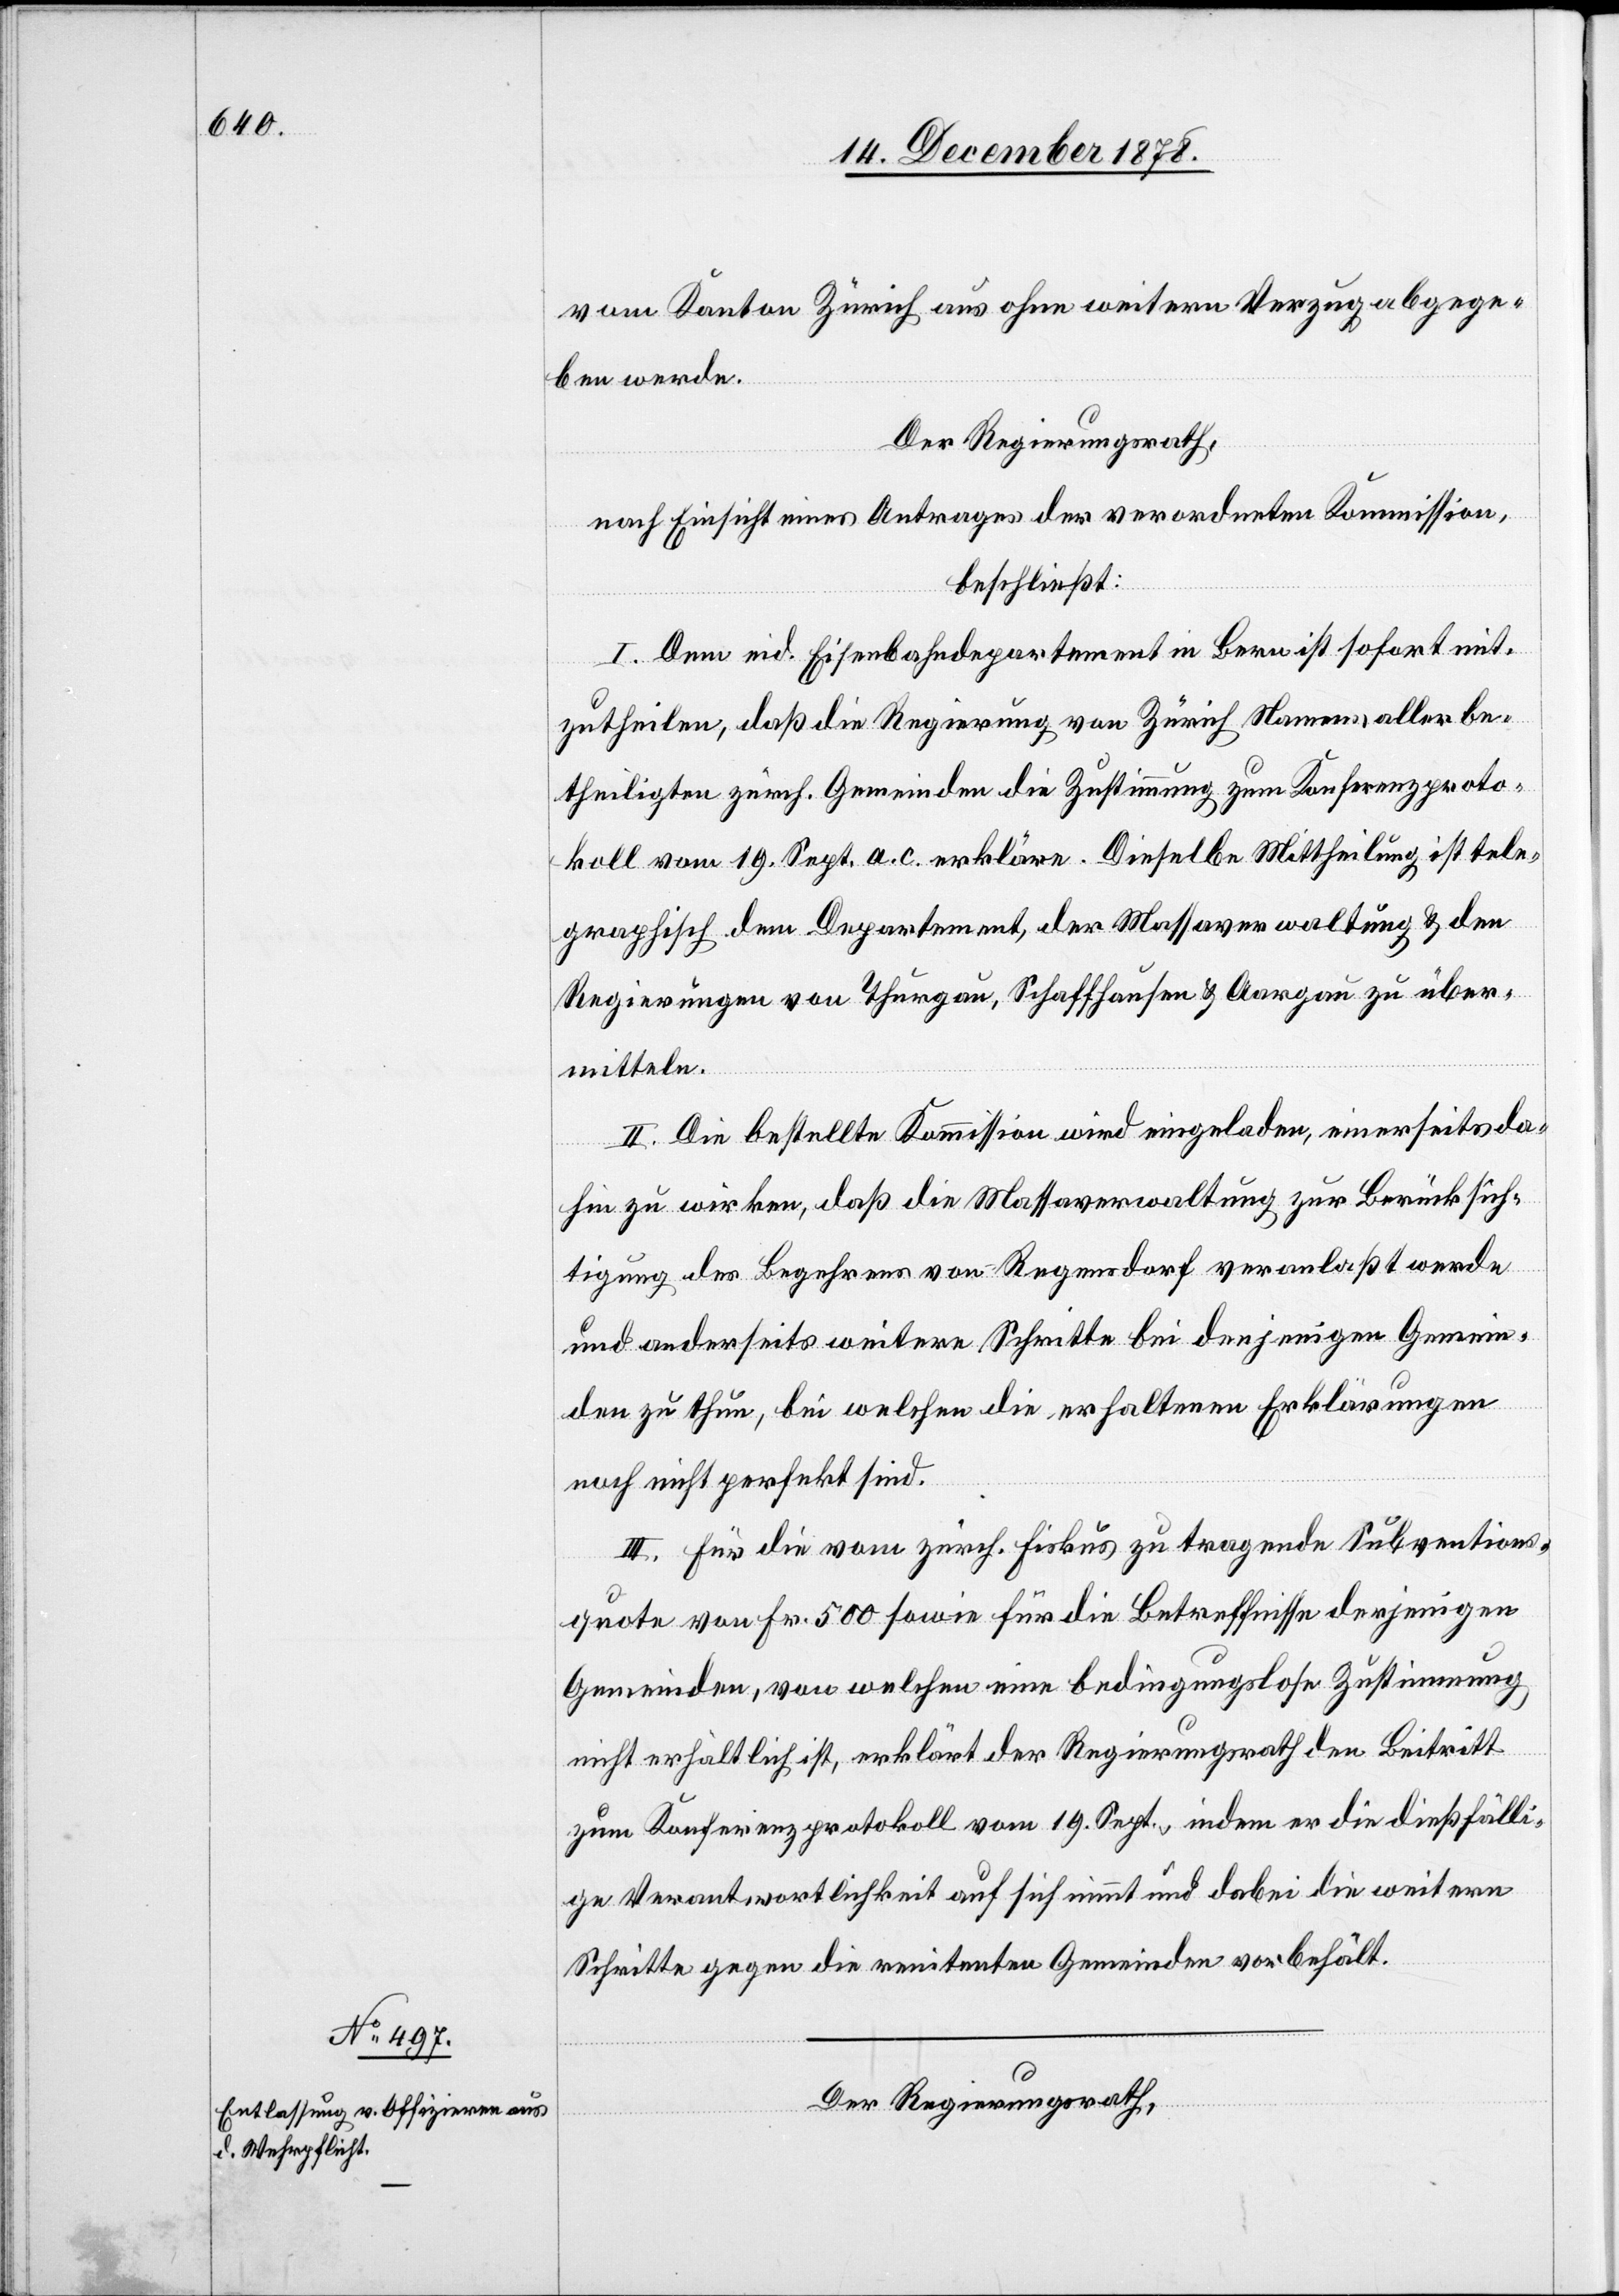
vom Kanton Zürich aus ohne weiteren Verzug abgege¬
ben werde.
Der Regierungsrath,
nach Einsicht eines Antrages der verordneten Kommission,
beschließt:
I. Dem eid. Eisenbahndepartement in Bern ist sofort mit¬
zutheilen, daß die Regierung von Zürich Namens aller be¬
theiligten zürch. Gemeinden die Zustimmung zum Konferenzproto¬
koll vom 19. Sept. a. c. erkläre. Diese Mittheilung ist tele¬
graphisch dem Departement, der Massaverwaltung & den
Regierungen von Thurgau, Schaffhausen & Aargau zu über¬
mitteln.
II. Die bestellte Kommission wird eingeladen, einerseits da¬
hin zu wirken, daß die Massaverwaltung zur Berücksich¬
tigung des Begehrens von Regensdorf veranlaßt werde
und anderseits weitere Schritte bei derjenigen Gemein¬
den zu thun, bei welchem die erhaltenen Erklärungen
noch nicht perfekt sind.
III. Für die vom zürch. Fiskus zu tragende Subventions¬
quote von Fr. 500 sowie für die Betreffnisse derjenigen
Gemeinden, von welchen eine bedingungslose Zustimmung
nicht erhältlich ist, erklärt der Regierungsrath den Beitritt
zum Konferenzprotokoll vom 19. Sept., indem er die dießfälli¬
ge Verantwortlichkeit auf sich nimmt und dabei die weitern
Schritte gegen die renitenten Gemeinden vorbehält.
Der Regierungsrath,